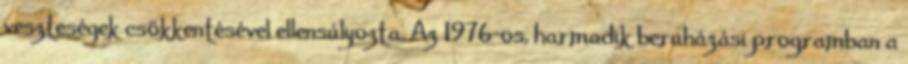
veszteségek csökkentésével ellensúlyozta. Az 1976-os, harmadik beruházási programban a